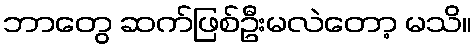
ဘာတွေ ဆက်ဖြစ်ဦးမလဲတော့ မသိ။